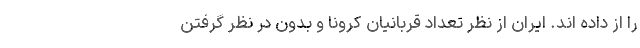
را از داده اند. ایران از نظر تعداد قربانیان کرونا و بدون در نظر گرفتن